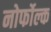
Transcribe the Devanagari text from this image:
नोर्फोल्क